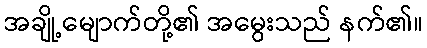
အချို့မျောက်တို့၏ အမွေးသည် နက်၏။